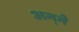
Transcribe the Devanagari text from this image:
अन्‍ने